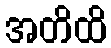
အတိထိ